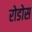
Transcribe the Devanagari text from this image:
रोडोस